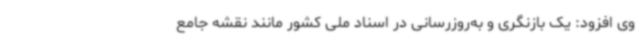
وی افزود: یک بازنگری و به‌روزرسانی در اسناد ملی کشور مانند نقشه جامع